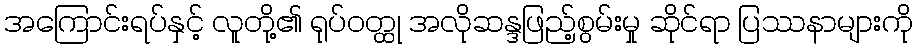
အကြောင်းရပ်နှင့် လူတို့၏ ရုပ်ဝတ္ထု အလိုဆန္ဒဖြည့်စွမ်းမှု ဆိုင်ရာ ပြဿနာများကို